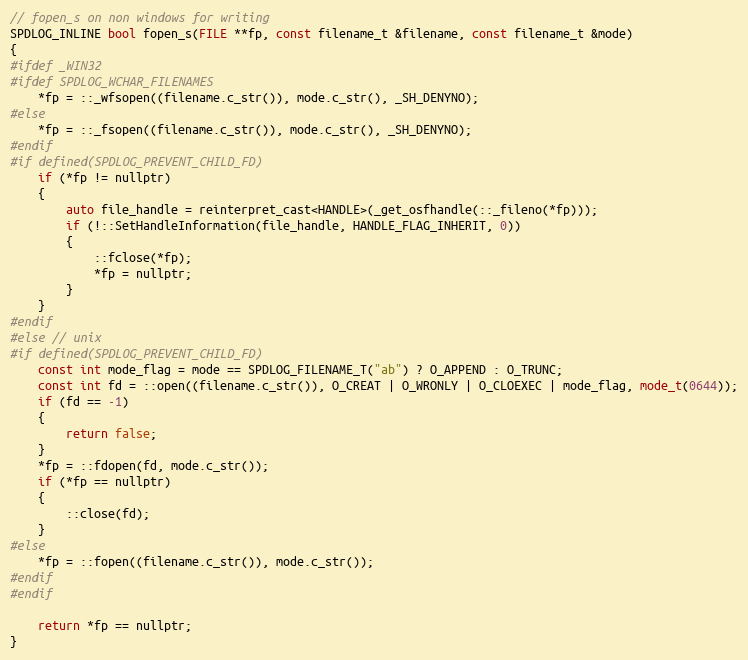
Language: C
// fopen_s on non windows for writing
SPDLOG_INLINE bool fopen_s(FILE **fp, const filename_t &filename, const filename_t &mode)
{
#ifdef _WIN32
#ifdef SPDLOG_WCHAR_FILENAMES
    *fp = ::_wfsopen((filename.c_str()), mode.c_str(), _SH_DENYNO);
#else
    *fp = ::_fsopen((filename.c_str()), mode.c_str(), _SH_DENYNO);
#endif
#if defined(SPDLOG_PREVENT_CHILD_FD)
    if (*fp != nullptr)
    {
        auto file_handle = reinterpret_cast<HANDLE>(_get_osfhandle(::_fileno(*fp)));
        if (!::SetHandleInformation(file_handle, HANDLE_FLAG_INHERIT, 0))
        {
            ::fclose(*fp);
            *fp = nullptr;
        }
    }
#endif
#else // unix
#if defined(SPDLOG_PREVENT_CHILD_FD)
    const int mode_flag = mode == SPDLOG_FILENAME_T("ab") ? O_APPEND : O_TRUNC;
    const int fd = ::open((filename.c_str()), O_CREAT | O_WRONLY | O_CLOEXEC | mode_flag, mode_t(0644));
    if (fd == -1)
    {
        return false;
    }
    *fp = ::fdopen(fd, mode.c_str());
    if (*fp == nullptr)
    {
        ::close(fd);
    }
#else
    *fp = ::fopen((filename.c_str()), mode.c_str());
#endif
#endif

    return *fp == nullptr;
}